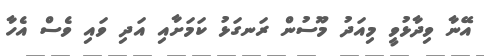
އޭނާ ވިދާޅުވީ މިއަދު މޫސުން ރަނގަޅު ކަމަށާއި އަދި ވައި ވެސް އެހާ